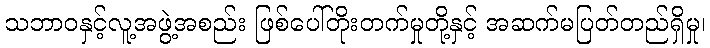
သဘာဝနှင့်လူ့အဖွဲ့အစည်း ဖြစ်ပေါ်တိုးတက်မှုတို့နှင့် အဆက်မပြတ်တည်ရှိမှု၊